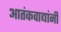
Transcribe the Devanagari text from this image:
आतंकवाद्यांनी